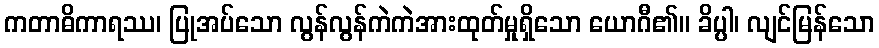
ကတာဓိကာရဿ၊ ပြုအပ်သော လွန်လွန်ကဲကဲအားထုတ်မှုရှိသော ယောဂီ၏။ ခိပ္ပါ၊ လျင်မြန်သော